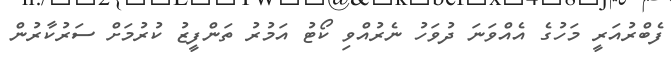
ފެބްރުއަރީ މަހުގެ އެއްވަނަ ދުވަހު ނެރުއްވި ކޯޓު އަމުރު ތަންފީޒު ކުރުމަށް ސަރުކާރުން